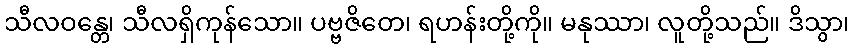
သီလဝန္တေ၊ သီလရှိကုန်သော။ ပဗ္ဗဇိတေ၊ ရဟန်းတို့ကို။ မနုဿာ၊ လူတို့သည်။ ဒိသွာ၊